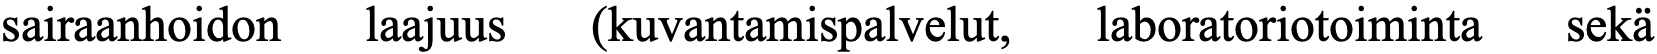
sairaanhoidon laajuus (kuvantamispalvelut, laboratoriotoiminta sekä